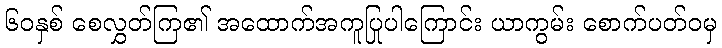
၆၀နှစ် စေလွှတ်ကြ၏ အထောက်အကူပြုပါကြောင်း ယာကွမ်း စောက်ပတ်ဝမှ